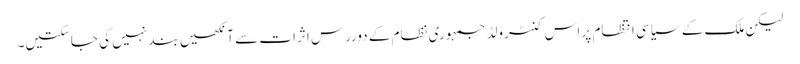
لیکن ملک کے سیاسی انتظام پر اس کنٹرولڈ جمہوری نظام کے دوررس اثرات سے آنکھیں بند نہیں کی جاسکتیں۔